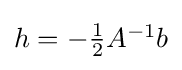
{\textstyle h=-{\frac {1}{2}}A^{-1}b}